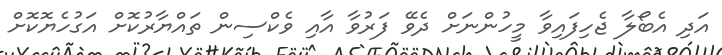
އަދި އެބޯލާ ޖެހިފައިވާ މީހުންނަށް ދެވޭ ފަރުވާ އާއި ވެކްސިން ތައްޔާރުކޮށް އަގުހެޔޮކޮށް